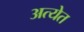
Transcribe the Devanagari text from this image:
अत्येत